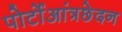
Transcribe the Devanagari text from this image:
पोर्टोआंत्रछेदन